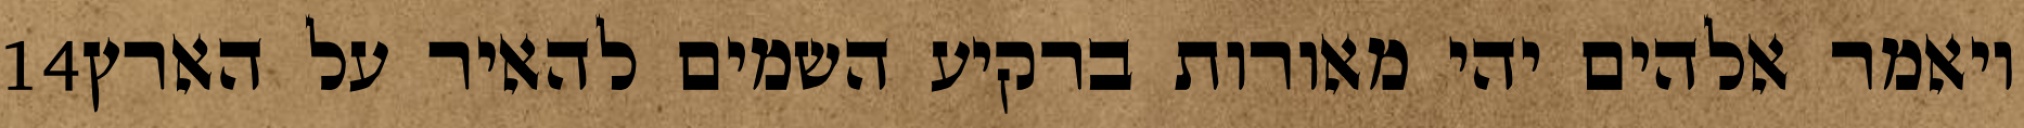
‎14‏ ויאמר אלהים יהי מאורות ברקיע השמים להאיר על הארץ